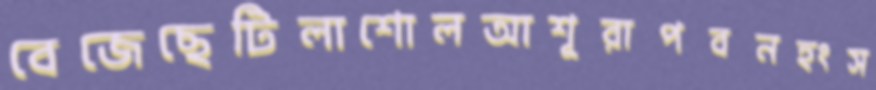
বেজেছেটিলাশোলআশূরাপবনহংস